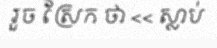
រួច ស្រែក ថា << ស្លាប់